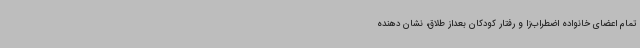
تمام اعضای خانواده اضطراب‌زا و رفتار کودکان بعداز طلاق، نشان دهنده